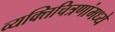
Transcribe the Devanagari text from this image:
व्यक्तिचित्रणांमध्ये